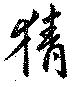
猜